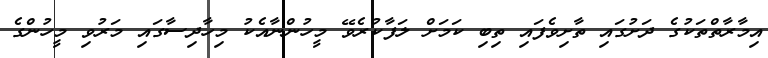
އިމާރާތްތަކުގެ ދަށުގައި ތާށިވެފައި ތިބި ކަމަށް ލަފާކުރެވޭ މީހުންނާއެކު މިހާދިސާގައި މަރުވި މީހުންގެ